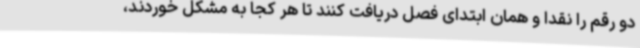
دو رقم را نقدا و همان ابتدای فصل دریافت کنند تا هر کجا به مشکل خوردند،